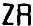
ZR